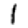
Digit: 1